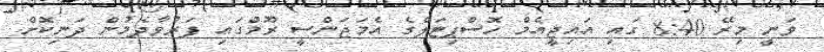
ވަނީ މިރޭ 8:40 ގައި އައިޖީއެމް ހޮސްޕިޓަލްގެ އެމަޖަންސީ ރޫމްގައި ފަރުވާދެމުން ދަނިކޮށް